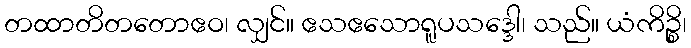
တထာတိတတောဧဝ၊ လျှင်။ ဧသဧသောရူပသဒ္ဒေါ၊ သည်။ ယံကိဉ္စိ၊